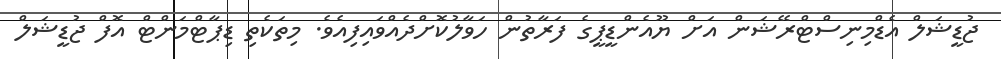
ޖުޑީޝަލް އެޑްމިނިސްޓްރޭޝަން އަށް ޔޫއެންޑީޕީގެ ފަރާތުން ހަވާލުކޮށްދެއްވައިފިއެވެ. މިތަކެތި ޑިޕާޓްމަންޓް އޮފް ޖުޑީޝަލް